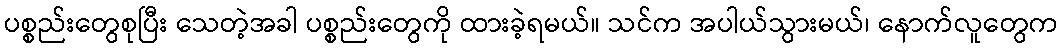
ပစ္စည်းတွေစုပြီး သေတဲ့အခါ ပစ္စည်းတွေကို ထားခဲ့ရမယ်။ သင်က အပါယ်သွားမယ်၊ နောက်လူတွေက